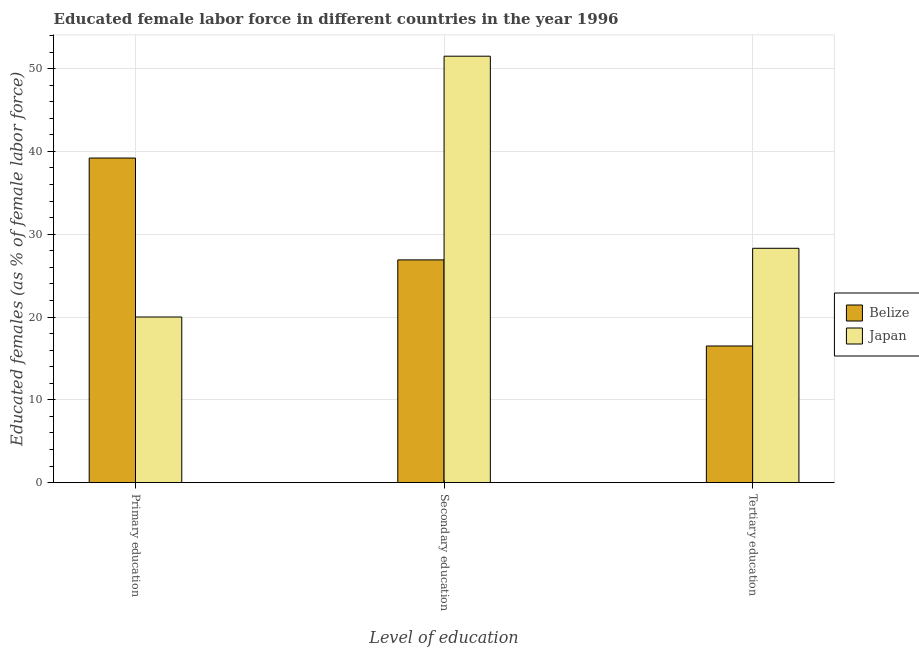
| Level of education | Belize | Japan |
 | --- | --- | --- |
 | Primary education | 39.2 | 20 |
 | Secondary education | 26.9 | 51.5 |
 | Tertiary education | 16.5 | 28.3 |